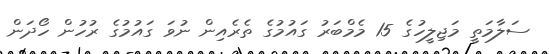
ސަލާމަތީ މަޖިލީހުގެ 15 މެމްބަރު ގައުމުގެ ތެރެއިން ނުވަ ގައުމުގެ ރުހުން ހޯދަން